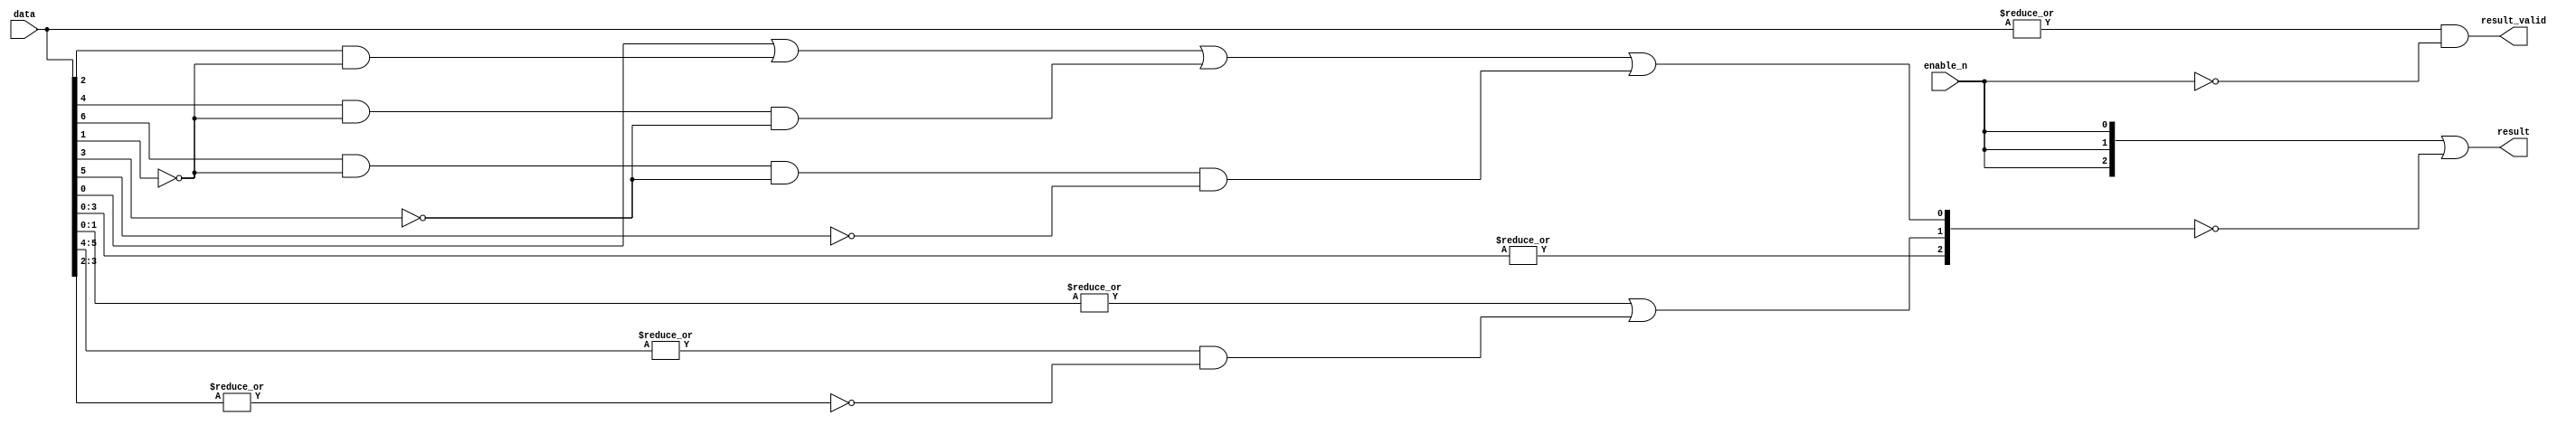
/********************************************************************************
	Module: PriorityEncoder8
	Function: Width 8 priority encoder, highly optimized with very low latency
	Author: Shengjia ZHAO
	Status: complete
********************************************************************************/

module PriorityEncoder8(enable_n, data, result, result_valid);
	input 		      enable_n;      // Set to LOW to enable the encoder, if HIGH, result will be HIGH, and resultValid will be LOW
	input  [7:0]      data;		     // Zero is the highest bit
	output [2:0]      result;        // Location of the first appearing 1
	output		      result_valid;  // HIGH if at least one bit is 1 and enable_n is LOW
	
	wire r2Raw = |data[3:0];
	wire r1Raw = |data[1:0] | 
					(|data[5:4]  & ~|{data[3:2]});
	wire r0Raw = data[0]  |
					(data[2]  & ~data[1]) | 
					(data[4]  & ~data[1] & ~data[3]) |
					(data[6]  & ~data[1] & ~data[3] & ~data[5]);
	wire [2:0]   result = {enable_n, enable_n, enable_n} | ~{r2Raw, r1Raw, r0Raw};					 
	wire         result_valid = |data & ~enable_n;
endmodule